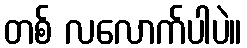
တစ် လလောက်ပါပဲ။